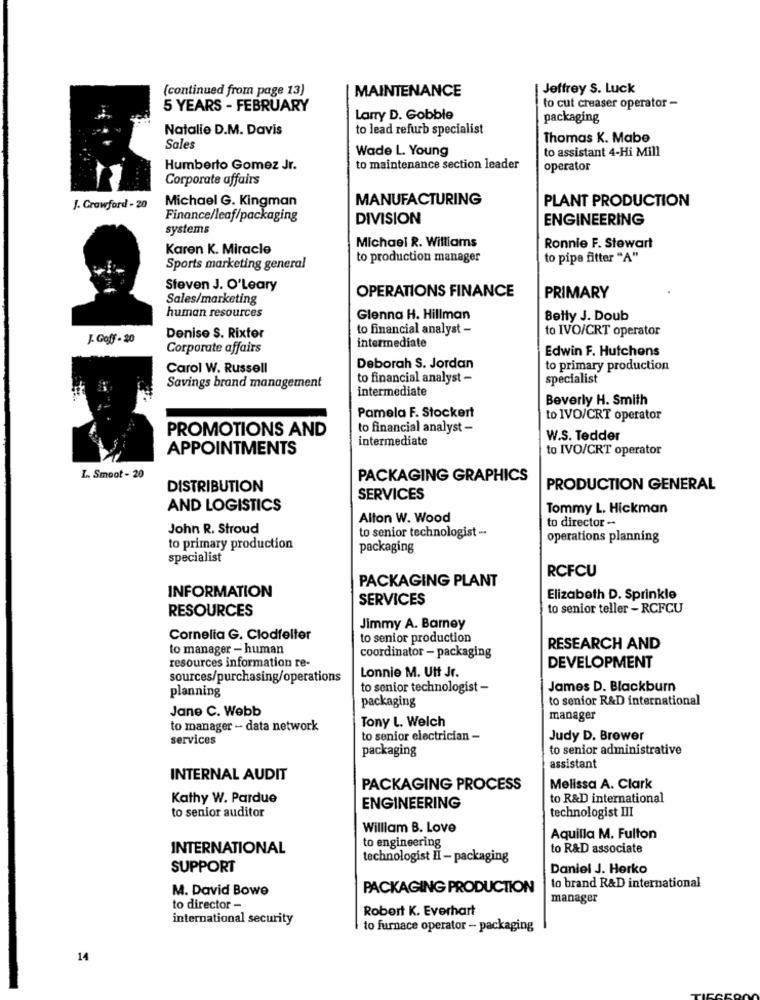
(continued from page 13)
MAINTENANCE
Jeffrey S. Luck
5 YEARS - FEBRUARY
to cut creaser operator -
Larry D. Gobble
packaging
Natalie D.M. Davis
to lead refurb specialist
Thomas K. Mabe
Sales
Wade L. Young
to assistant 4-Hi Mill
Humberto Gomez Jr.
to maintenance section leader
operator
Corporate affairs
Michael G. Kingman
MANUFACTURING
PLANT PRODUCTION
J. Crawford - 20
Finance/leaf/packaging
DIVISION
ENGINEERING
systems
Michael R. Williams
Karen K. Miracle
Ronnie F. Stewart
to production manager
to pipe fitter "A"
Sports marketing general
Steven J. O'Leary
Sales/marketing
OPERATIONS FINANCE
PRIMARY
human resources
Glenna H. Hillman
Belly J. Doub
to financial analyst -
to IVO/CRT operator
J- Goff - 20
Denise S. Rixter
Corporate affairs
intermediate
Edwin F. Hutchens
Carol W. Russell
Deborah S. Jordan
to primary production
to financial analyst -
specialist
Savings brand management
intermediate
Beverly H. Smith
Pamela F. Stockert
to IVO/CRT operator
PROMOTIONS AND
to financial analyst -
intermediate
W.S. Tedder
APPOINTMENTS
to IVO/CRT operator
L. Smoot - 20
PACKAGING GRAPHICS
DISTRIBUTION
PRODUCTION GENERAL
SERVICES
AND LOGISTICS
Tommy L. Hickman
Alton W. Wood
to director -
John R. Stroud
to senior technologist -
operations planning
to primary production
packaging
specialist
RCFCU
PACKAGING PLANT
INFORMATION
SERVICES
Elizabeth D. Sprinkle
RESOURCES
to senior teller - RCFCU
Jimmy A. Barney
Cornelia G. Clodfelter
to senior production
to manager - human
RESEARCH AND
resources information re-
coordinator - packaging
Lonnie M. Utt Jr.
DEVELOPMENT
sources/purchasing/operations
planning
to senior technologist -
James D. Blackburn
packaging
to senfor R&D international
Jane C. Webb
Tony L. Welch
manager
to manager - data network
services
to senior electrician -
Judy D. Brower
packaging
to senior administrative
assistant
INTERNAL AUDIT
PACKAGING PROCESS
Melissa A. Clark
Kathy W. Pardue
to R&D international
to senior auditor
ENGINEERING
technologist III
William B. Love
to engineering
Aquilla M. Fulton
INTERNATIONAL
to R&D associate
technologist II - packaging
SUPPORT
Daniel J. Herko
to brand R&D international
M. David Bowe
PACKAGING PRODUCTION
manager
to director -
Robert K. Everhart
international security
to furnace operator - packaging
14